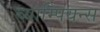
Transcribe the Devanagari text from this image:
च्याम्पियन्स